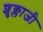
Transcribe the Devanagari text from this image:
शुक्लाजी